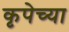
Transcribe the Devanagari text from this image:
कृपेच्या